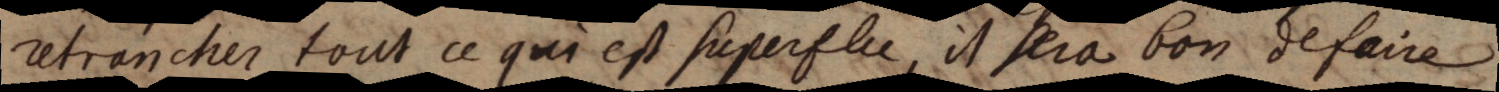
retrancher tout ce qui est superflu, il sera bon defaire